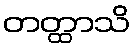
တတ္ထာသိ